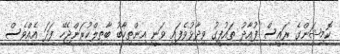
ކޮމިޝަންގެ ރައީސް ފުއާދު ތައުފީގު ވިދާޅުވެފައި ވަނީ އިންތިހާބު ބާތިލްކުރަންޖެހޭ ފަދަ އެއްވެސް